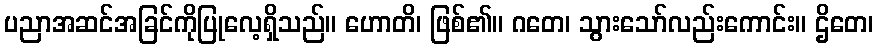
ပညာအဆင်အခြင်ကိုပြုလေ့ရှိသည်။ ဟောတိ၊ ဖြစ်၏။ ဂတေ၊ သွားသော်လည်းကောင်း။ ဌိတေ၊